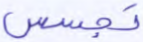
تجسس